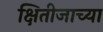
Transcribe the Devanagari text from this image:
क्षितीजाच्या